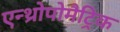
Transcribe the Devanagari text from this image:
एन्थ्रोपोमैट्रिक